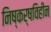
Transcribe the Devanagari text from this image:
निष्कर्षविहीन